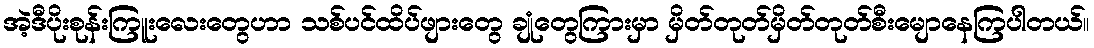
အဲ့ဒီပိုးစုန်းကြူးလေးတွေဟာ သစ်ပင်ထိပ်ဖျားတွေ ချုံတွေကြားမှာ မှိတ်တုတ်မှိတ်တုတ်စီးမျောနေကြပါတယ်။